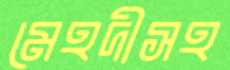
মেহদীসহ